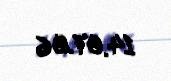
14.07.06